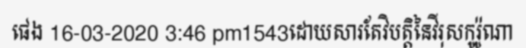
ផេង 16-03-2020 3:46 pm1543ដោយសារតែវិបត្តិនៃវីរុសកូរ៉ូណា